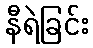
နီရဲခြင်း